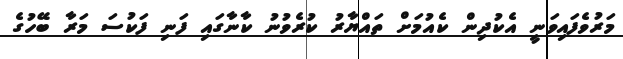
މަރުވެފައިވަނީ އެކުދިން ކެއުމަށް ތައްޔާރު ކުރެވުނު ކާނާގައި ފަނި ފަކުސަ މަރާ ބޭހުގެ